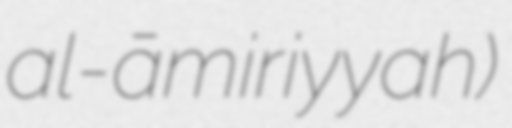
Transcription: al-ʻāmiriyyah)